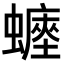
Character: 𧒐